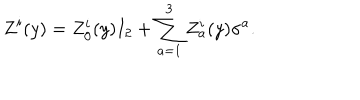
Z ^ { i } ( y ) = Z _ { 0 } ^ { i } ( y ) I _ { 2 } + \sum _ { a = 1 } ^ { 3 } Z _ { a } ^ { i } ( y ) \sigma ^ { a } .